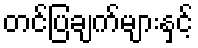
တင်ပြချက်များနှင့်